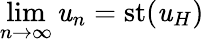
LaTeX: \operatorname*{lim}_{n\to\infty}\mathit{u}_{n}={\mathrm{{st}}}(\mathit{u}_{H})